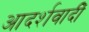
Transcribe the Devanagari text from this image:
आदर्शवादीें